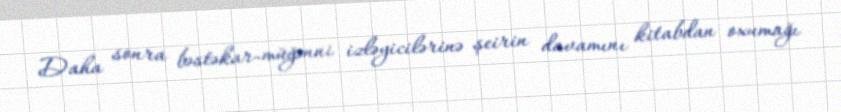
Daha sonra bəstəkar-müğənni izləyicilərinə şeirin davamını kitabdan oxumağı